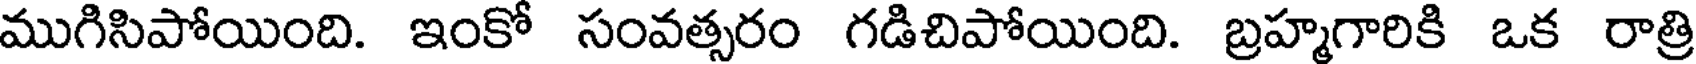
ముగిసిపోయింది. ఇంకో సంవత్సరం గడిచిపోయింది. బ్రహ్మగారికి ఒక రాత్రి